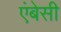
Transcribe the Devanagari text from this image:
एंबेसी